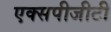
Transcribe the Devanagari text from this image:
एक्सपीजीटी